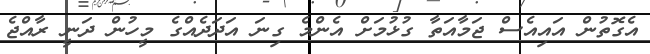
އެގޮތުން އައިއެސް ޖަމާއަތާ ގުޅުމަށް އެންމެ ގިނަ އަދަދެއްގެ މީހުން ދަނީ ރާއްޖެ